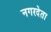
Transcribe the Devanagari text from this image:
नगरदेता